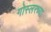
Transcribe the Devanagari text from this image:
गोस्लरच्या